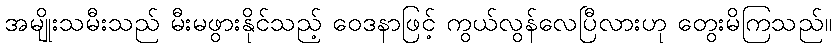
အမျိုးသမီးသည် မီးမဖွားနိုင်သည့် ဝေဒနာဖြင့် ကွယ်လွန်လေပြီလားဟု တွေးမိကြသည်။